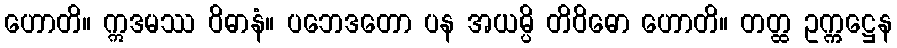
ဟောတိ။ ဣဒမဿ ဝိဓာနံ။ ပဘေဒတော ပန အယမ္ပိ တိဝိဓော ဟောတိ။ တတ္ထ ဥက္ကဋ္ဌေန